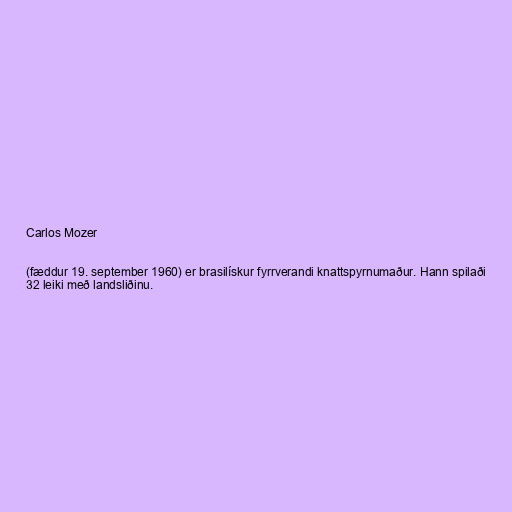
Carlos Mozer

(fæddur 19. september 1960) er brasilískur fyrrverandi knattspyrnumaður. Hann spilaði
32 leiki með landsliðinu.